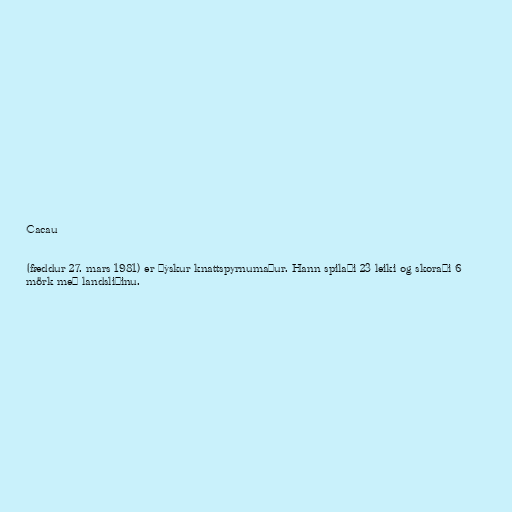
Cacau

(fæddur 27. mars 1981) er þýskur knattspyrnumaður. Hann spilaði 23 leiki og skoraði 6
mörk með landsliðinu.